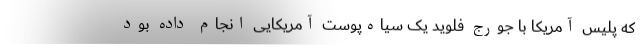
که پلیس آمریکا با جورج فلوید یک سیاه‌پوست آمریکایی انجام داده بود